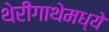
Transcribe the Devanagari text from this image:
थेरीगाथेमध्ये